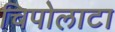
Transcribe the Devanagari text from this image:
चिपोलाटा